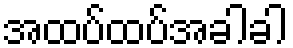
အထပ်ထပ်အခါခါ